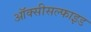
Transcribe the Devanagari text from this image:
ऑक्सीसल्फाइड